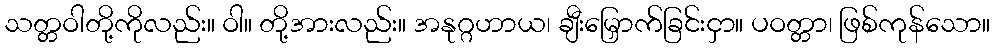
သတ္တဝါတို့ကိုလည်း။ ဝါ။ တို့အားလည်း။ အနုဂ္ဂဟာယ၊ ချီးမြှောက်ခြင်းငှာ။ ပဝတ္တာ၊ ဖြစ်ကုန်သော။